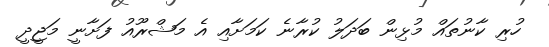
ހުރި ކާނުތައް މުޅިން ބަދަލު ކުރާނެ ކަމަށާއި އެ މަޝްރޫއު ފަށާނީ މަޖީދީ